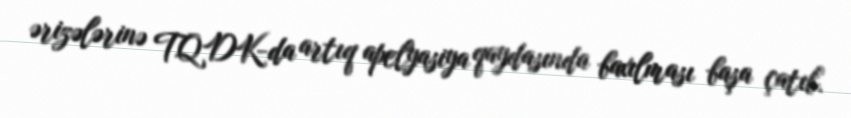
ərizələrinə TQDK-da artıq apelyasiya qaydasında baxılması başa çatıb.